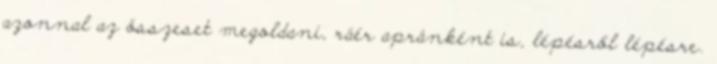
azonnal az összeset megoldani, ráér apránként is, lépésről lépésre.